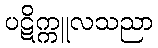
ပဋိက္ကူလသညာ